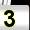
Digit: 3